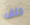
حلف